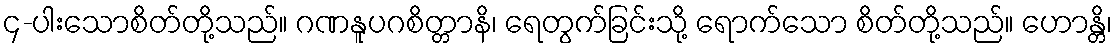
၄-ပါးသောစိတ်တို့သည်။ ဂဏနူပဂစိတ္တာနိ၊ ရေတွက်ခြင်းသို့ ရောက်သော စိတ်တို့သည်။ ဟောန္တိ၊